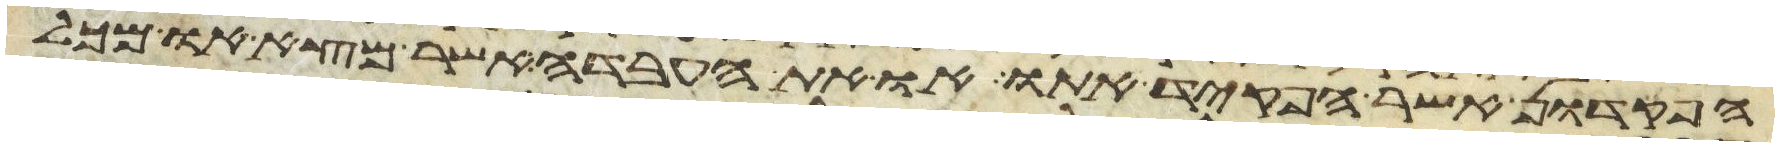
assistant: הפקדון אשר הפקד אתו או את האבדה אשר מצא או מכל